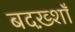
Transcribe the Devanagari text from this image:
बदख़्शाँ